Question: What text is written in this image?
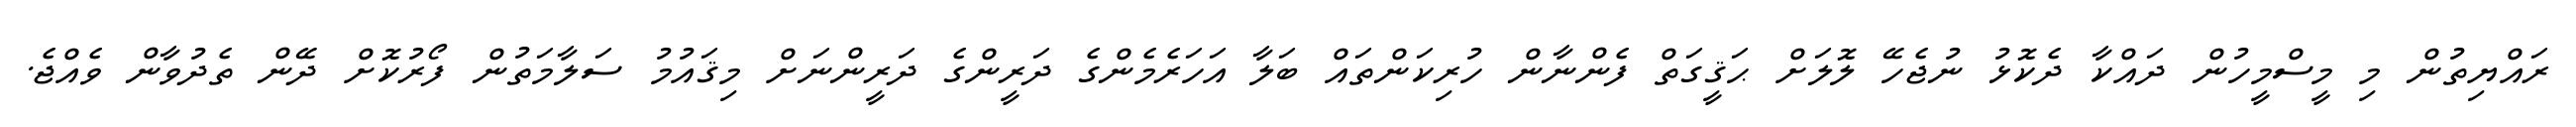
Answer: ރައްޔިތުން މި މީސްމީހުން ދައްކާ ދެކޮޅު ނުޖެހޭ ލޮލަށް ޙަޤީގަތް ފެންނާން ހުރިކަންތައް ބަލާ އަހަރެމެންގެ ދަރީންގެ ދަރީންނަށް މިޤައުމު ސަލާމަތުން ފޯރުކޮށް ދޭން ތެދުވާން ވެއްޖެ.